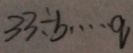
3 3 \div b \cdots q